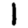
Digit: 1